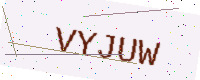
Text: VYJUW